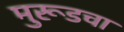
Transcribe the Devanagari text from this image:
मुरूडचा